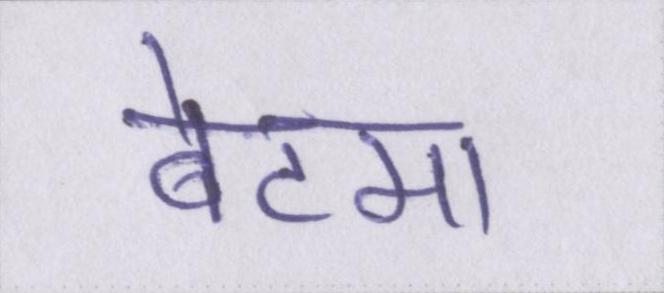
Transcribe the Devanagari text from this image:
बेटमा